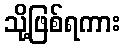
သို့ဖြစ်ရကား